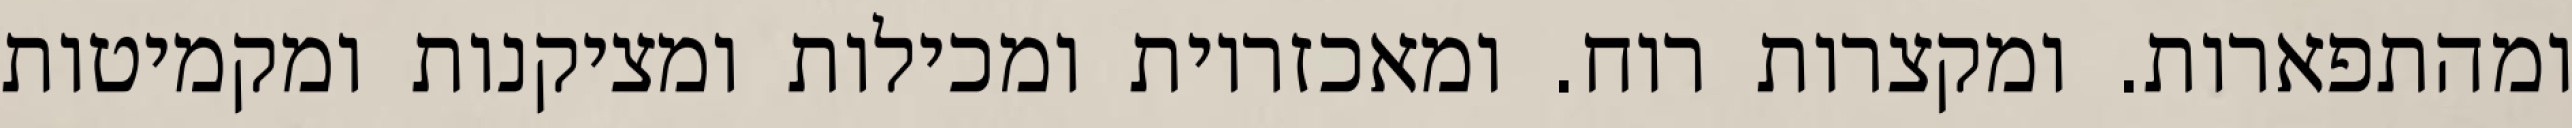
ומהתפארות. ומקצרות רוח. ומאכזריות ומכילות ומציקנות ומקמיטות